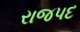
રાજપદ